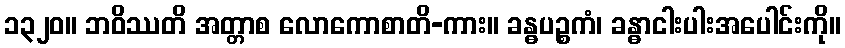
၁၃၂၀။ ဘဝိဿတိ အတ္တာစ လောကောစာတိ-ကား။ ခန္ဓပဉ္စကံ၊ ခန္ဓာငါးပါးအပေါင်းကို။